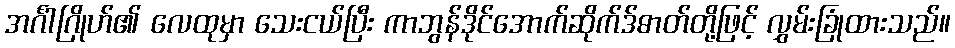
အင်္ဂါဂြိုဟ်၏ လေထုမှာ သေးငယ်ပြီး ကာဘွန်ဒိုင်အောက်ဆိုက်ဒ်ဓာတ်တို့ဖြင့် လွှမ်းခြုံထားသည်။